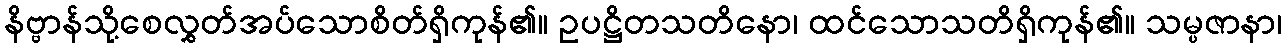
နိဗ္ဗာန်သို့စေလွှတ်အပ်သောစိတ်ရှိကုန်၏။ ဥပဋ္ဌိတသတိနော၊ ထင်သောသတိရှိကုန်၏။ သမ္ပဇာနာ၊